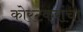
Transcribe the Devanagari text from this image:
कोरटकरांचा